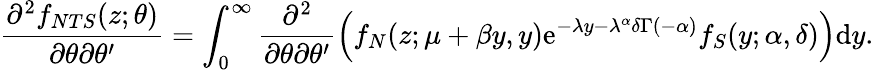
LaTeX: \frac{\partial^{2}f_{NTS}(z;\theta)}{\partial\theta\partial\theta^{\prime}}=\int_{0}^{\infty}\frac{\partial^{2}}{\partial\theta\partial\theta^{\prime}}\left(f_{N}(z;\mu+\beta y,y)\mathrm{e}^{-\lambda y-\lambda^{\alpha}\delta\Gamma(-\alpha)}f_{S}(y;\alpha,\delta)\right)\mathrm{d}y.